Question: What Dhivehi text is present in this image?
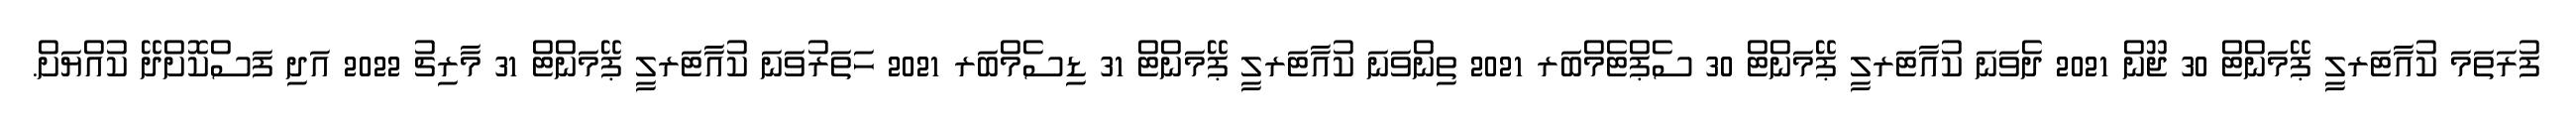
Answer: ފުރަތަމަ ކުއާޓަރލީ ޕޭމަންޓް 30 ޖޫން 2021 ދެވަނަ ކުއާޓަރލީ ޕޭމަންޓް 30 ސެޕްޓެމްބަރ 2021 ތިންވަނަ ކުއާޓަރލީ ޕޭމަންޓް 31 ޑިސެމްބަރ 2021 ހަތަރުވަނަ ކުއާޓަރލީ ޕޭމަންޓް 31 މާރިޗު 2022 އަދި ފަސްކޮށްދޭ ކުއްޔަށް.